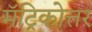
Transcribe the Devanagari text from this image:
मॅट्रिकोत्तर